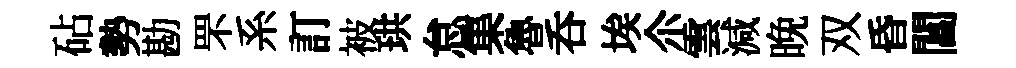
砧勢勘罘系訂被珙怠集魯呑埃尒雲減晩双昏閶